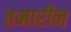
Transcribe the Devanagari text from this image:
तमारीन